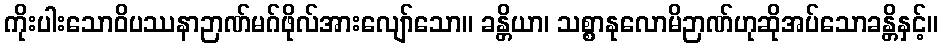
ကိုးပါးသောဝိပဿနာဉာဏ်မဂ်ဖိုလ်အားလျော်သော။ ခန္တိယာ၊ သစ္စာနုလောမိဉာဏ်ဟုဆိုအပ်သောခန္တိနှင့်။